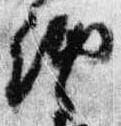
納